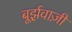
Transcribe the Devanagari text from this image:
बूर्झ़वाज़ी